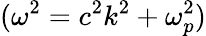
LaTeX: (\omega^{2}=c^{2}k^{2}+\omega_{p}^{2})